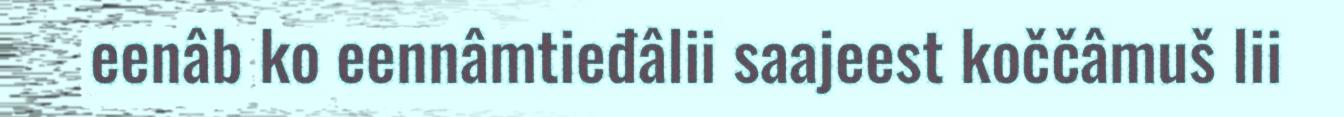
eenâb ko eennâmtieđâlii saajeest koččâmuš lii